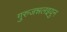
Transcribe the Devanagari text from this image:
गुरुजन्नलइयुन